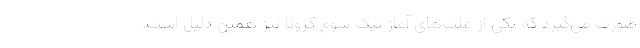
صورت می‌گیرد که یکی از علت‌های آغاز پیک سوم کرونا نیز همین دلیل است.